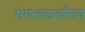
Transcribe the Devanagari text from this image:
मंगलकार्यालय